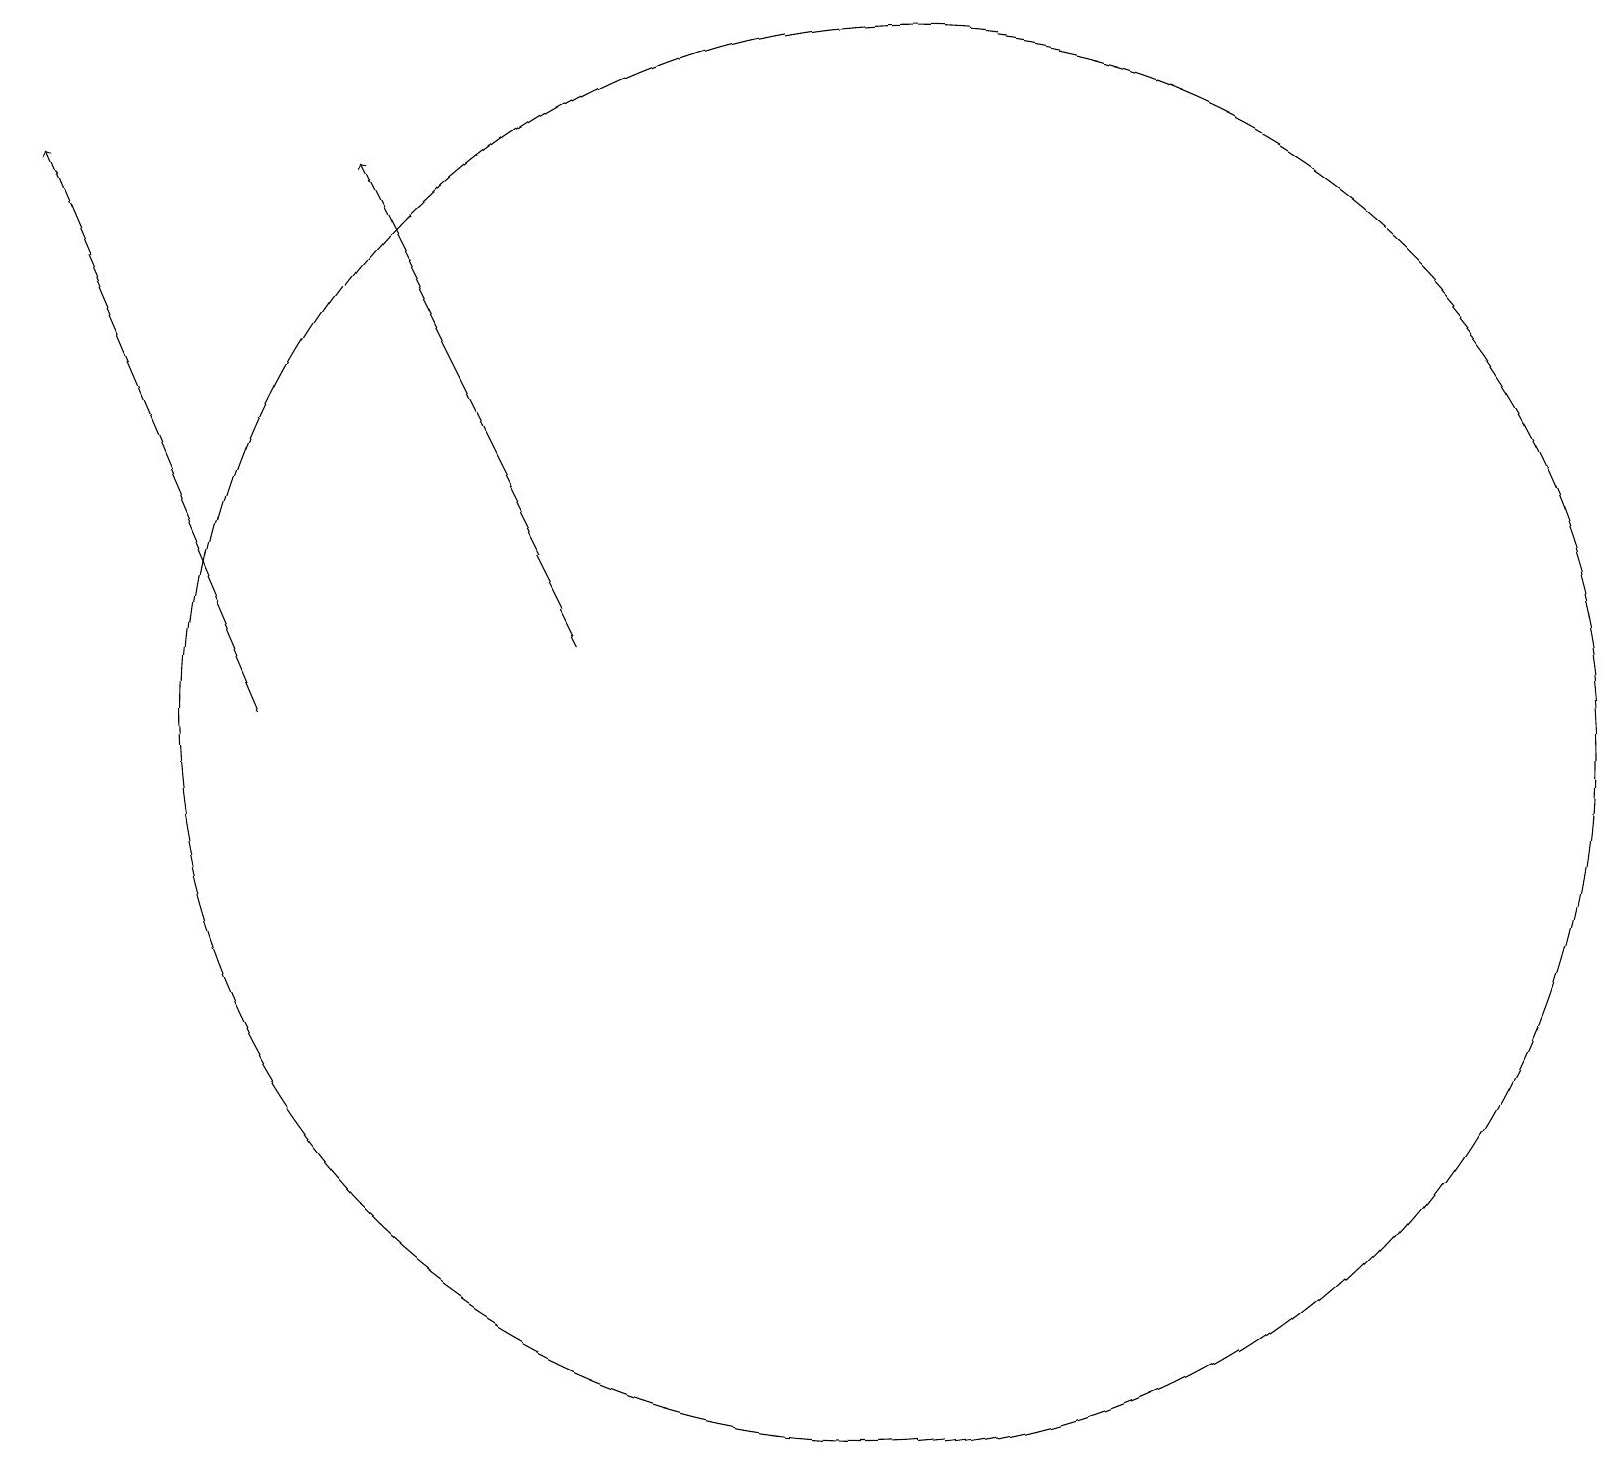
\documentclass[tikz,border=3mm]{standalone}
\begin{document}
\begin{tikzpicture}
\draw[->] (7,11) -- (4,17);
\draw[->] (3,10) -- (0,17);
\draw (11,10) circle (9);
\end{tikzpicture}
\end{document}